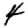
Digit: 4